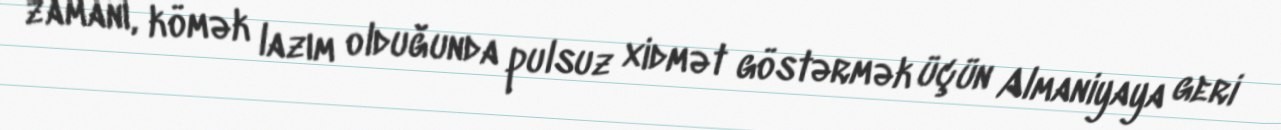
zamanı, kömək lazım olduğunda pulsuz xidmət göstərmək üçün Almaniyaya geri